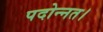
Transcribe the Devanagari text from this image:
पदोन्नत।